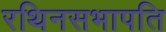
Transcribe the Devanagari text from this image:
रथिनसभापति